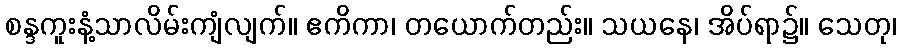
စန္ဒကူးနံ့သာလိမ်းကျံလျက်။ ဧကိကာ၊ တယောက်တည်း။ သယနေ၊ အိပ်ရာ၌။ သေတု၊